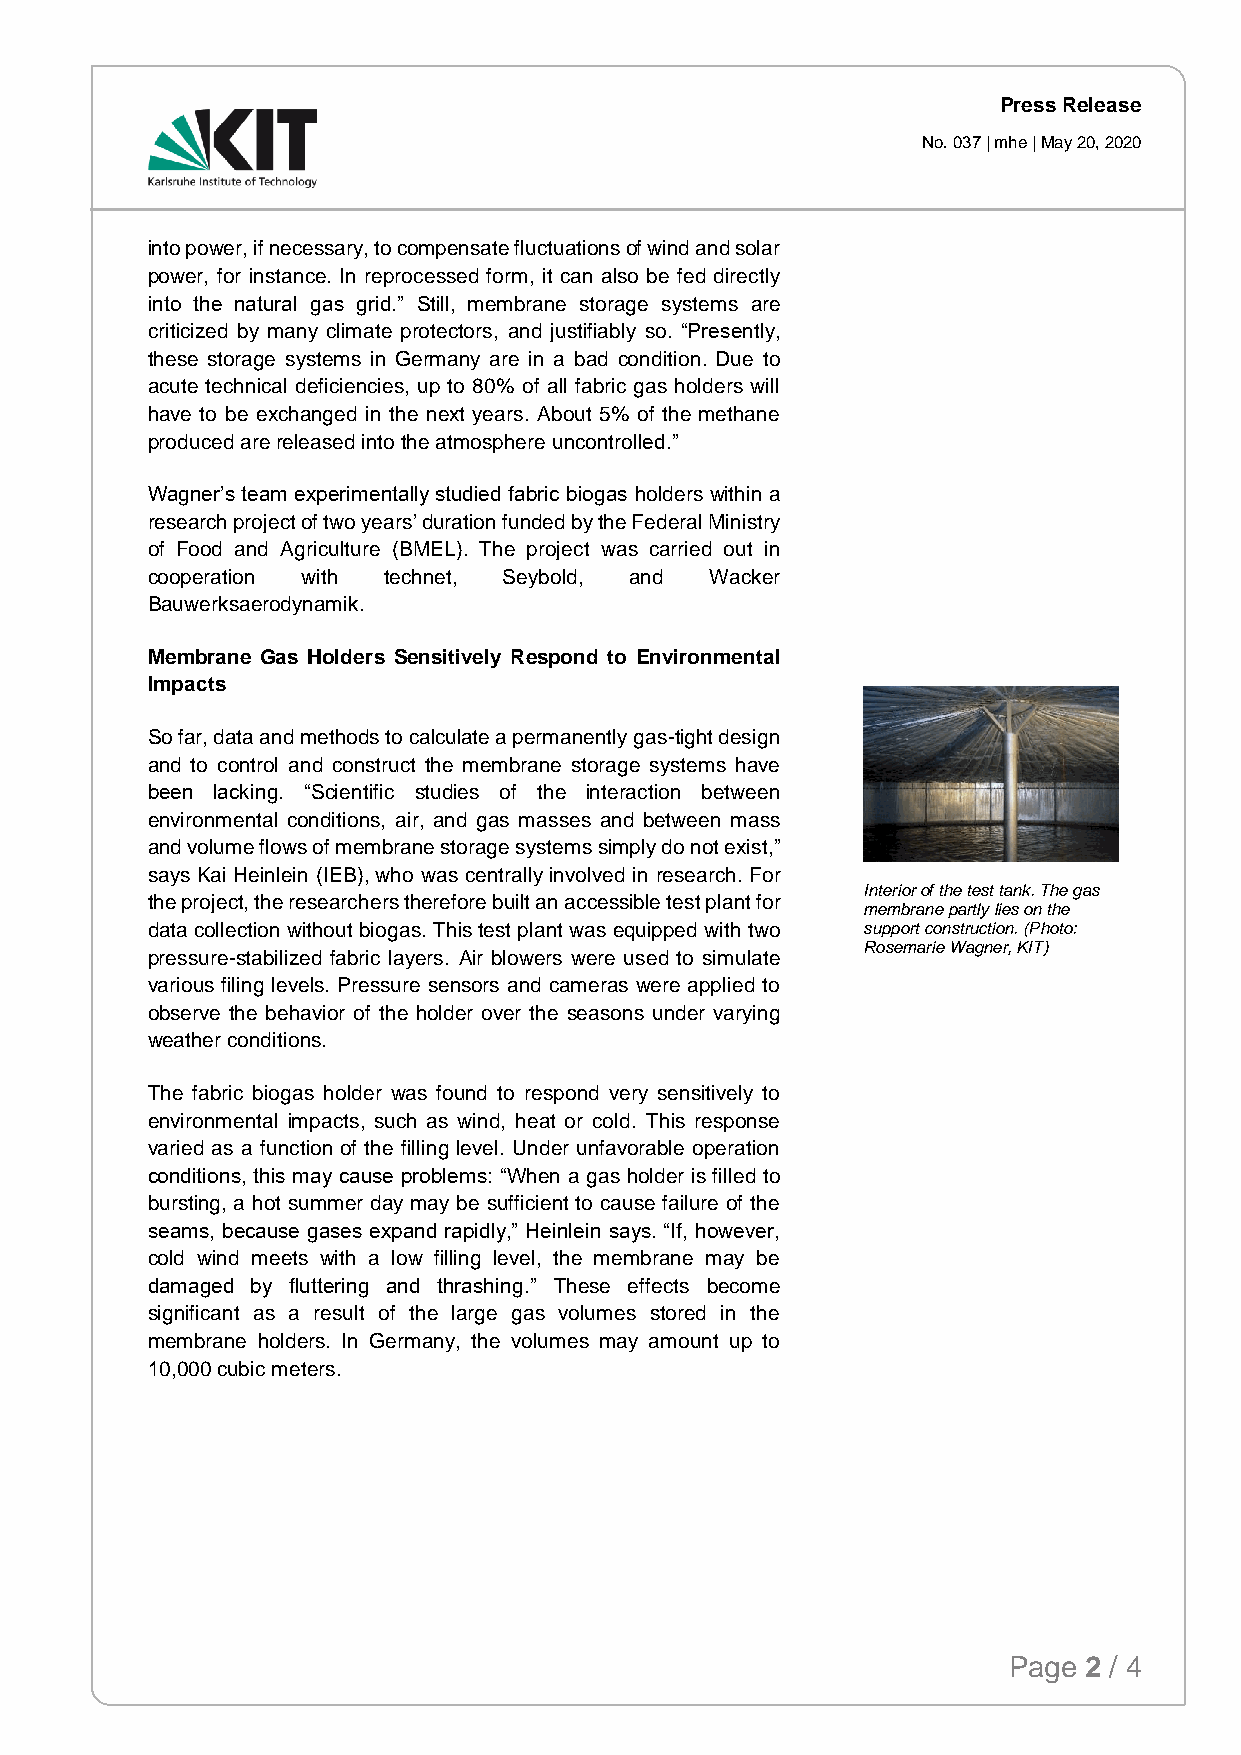
Press Release
 No. 037 | mhe | May 20, 2020
 into power, if necessary, to compensate fluctuations of wind and solar
 power, for instance. In reprocessed form, it can also be fed directly
 into the natural gas grid.” Still, membrane storage systems are
 criticized by many climate protectors, and justifiably so. “Presently,
 these storage systems in Germany are in a bad condition. Due to
 acute technical deficiencies, up to 80% of all fabric gas holders will
 have to be exchanged in the next years. About 5% of the methane
 produced are released into the atmosphere uncontrolled.”
 Wagner’s team experimentally studied fabric biogas holders within a
 research project of two years’ duration funded by the Federal Ministry
 of Food and Agriculture (BMEL). The project was carried out in
 cooperation with technet, Seybold, and Wacker
 Bauwerksaerodynamik.
 Membrane Gas Holders Sensitively Respond to Environmental
 Impacts
 So far, data and methods to calculate a permanently gas-tight design
 and to control and construct the membrane storage systems have
 been lacking. “Scientific studies of the interaction between
 environmental conditions, air, and gas masses and between mass
 and volume flows of membrane storage systems simply do not exist,”
 says Kai Heinlein (IEB), who was centrally involved in research. For
 Interior of the test tank. The gas
 the project, the researchers therefore built an accessible test plant for
 membrane partly lies on the
 data collection without biogas. This test plant was equipped with two support construction. (Photo:
 Rosemarie Wagner, KIT)
 pressure-stabilized fabric layers. Air blowers were used to simulate
 various filing levels. Pressure sensors and cameras were applied to
 observe the behavior of the holder over the seasons under varying
 weather conditions.
 The fabric biogas holder was found to respond very sensitively to
 environmental impacts, such as wind, heat or cold. This response
 varied as a function of the filling level. Under unfavorable operation
 conditions, this may cause problems: “When a gas holder is filled to
 bursting, a hot summer day may be sufficient to cause failure of the
 seams, because gases expand rapidly,” Heinlein says. “If, however,
 cold wind meets with a low filling level, the membrane may be
 damaged by fluttering and thrashing.” These effects become
 significant as a result of the large gas volumes stored in the
 membrane holders. In Germany, the volumes may amount up to
 10,000 cubic meters.
 Page 2 / 4